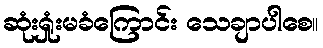
ဆုံးရှုံးမခံကြောင်း သေချာပါစေ။